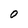
Character: O